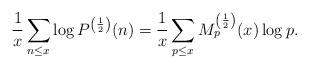
LaTeX: \begin{align*}\frac 1x \sum_{n \le x} \log P^{\left(\frac 12 \right)}(n) = \frac 1x\sum_{p \le x} M^{\left( \frac 12 \right)}_p(x)\log p. \end{align*}